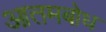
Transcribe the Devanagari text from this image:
आतमबोध